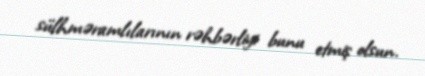
sülhməramlılarının rəhbərliyi bunu etmiş olsun.